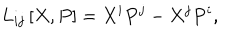
L _ { i j } \left[ X , P \right] = X ^ { i } P ^ { j } - X ^ { j } P ^ { i } ,